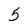
Character: 5